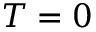
T = 0